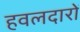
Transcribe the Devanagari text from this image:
हवलदारों